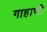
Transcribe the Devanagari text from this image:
गाहाणी